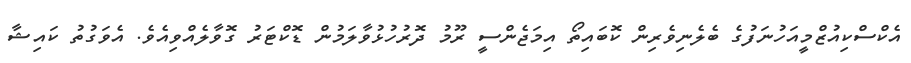
އެކްސްކިއުޒްމީއަހުނަފުގެ ބެލެނިވެރިން ކޮބައިތޯ އިމަޖެންސީ ރޫމު ދޮރުހުޅުވާލަމުން ޑޮކްޓަރު ގޮވާލެއްވިއެވެ. އެވަގުތު ކައިޝާ